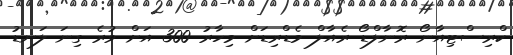
ކްރިސްޓިއާނޯ ރޮނާލްޑޯ ރެއާލް މެޑްރިޑަށް މިހާރު 300 އަށް ވުރެ ގިނަ ލަނޑު